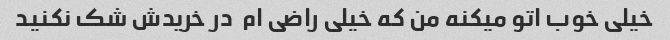
خیلی خوب اتو میکنه من که خیلی راضی ام  در خریدش شک نکنید